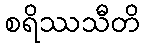
စရိဿသီတိ